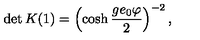
\det { K } ( 1 ) = \left( \cosh \frac { g e _ { 0 } \varphi } { 2 } \right) ^ { - 2 } ,